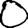
Digit: 0